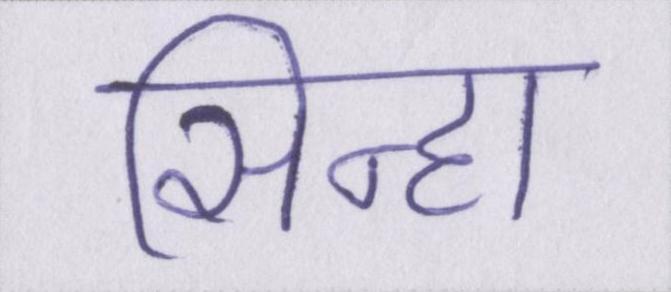
सिन्हा